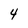
Character: 4